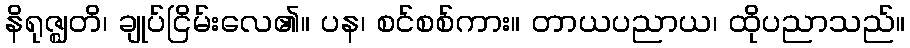
နိရုဇ္ဈတိ၊ ချုပ်ငြိမ်းလေ၏။ ပန၊ စင်စစ်ကား။ တာယပညာယ၊ ထိုပညာသည်။